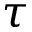
\tau